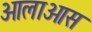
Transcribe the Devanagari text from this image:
ओलाओस